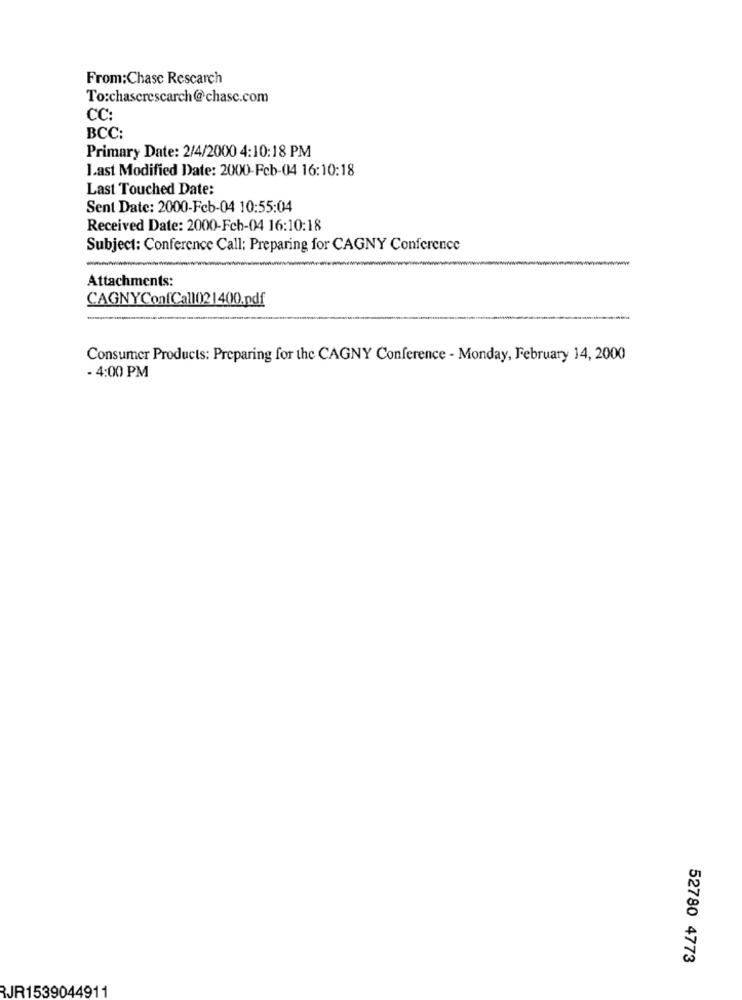
From:Chase Rescarch
To:chaserescarch@chasc.com
CC:
BCC:
Primary Date: 2/4/2000 4:10:18 PM
Last Modified Date: 2000-Feb-04 16:10:18
Last Touched Date:
Sent Date: 2000-Feb-04 10:55:04
Received Date: 2000-Fcb-04 16:10:18
Subject: Conference Call: Preparing for CAGNY Conference
Attachments:
CAGNYConfCall021400.pdf
Consumer Products: Preparing for the CAGNY Conference - Monday, February 14, 2000
- 4:00 PM
52780 4773
RJR1539044911